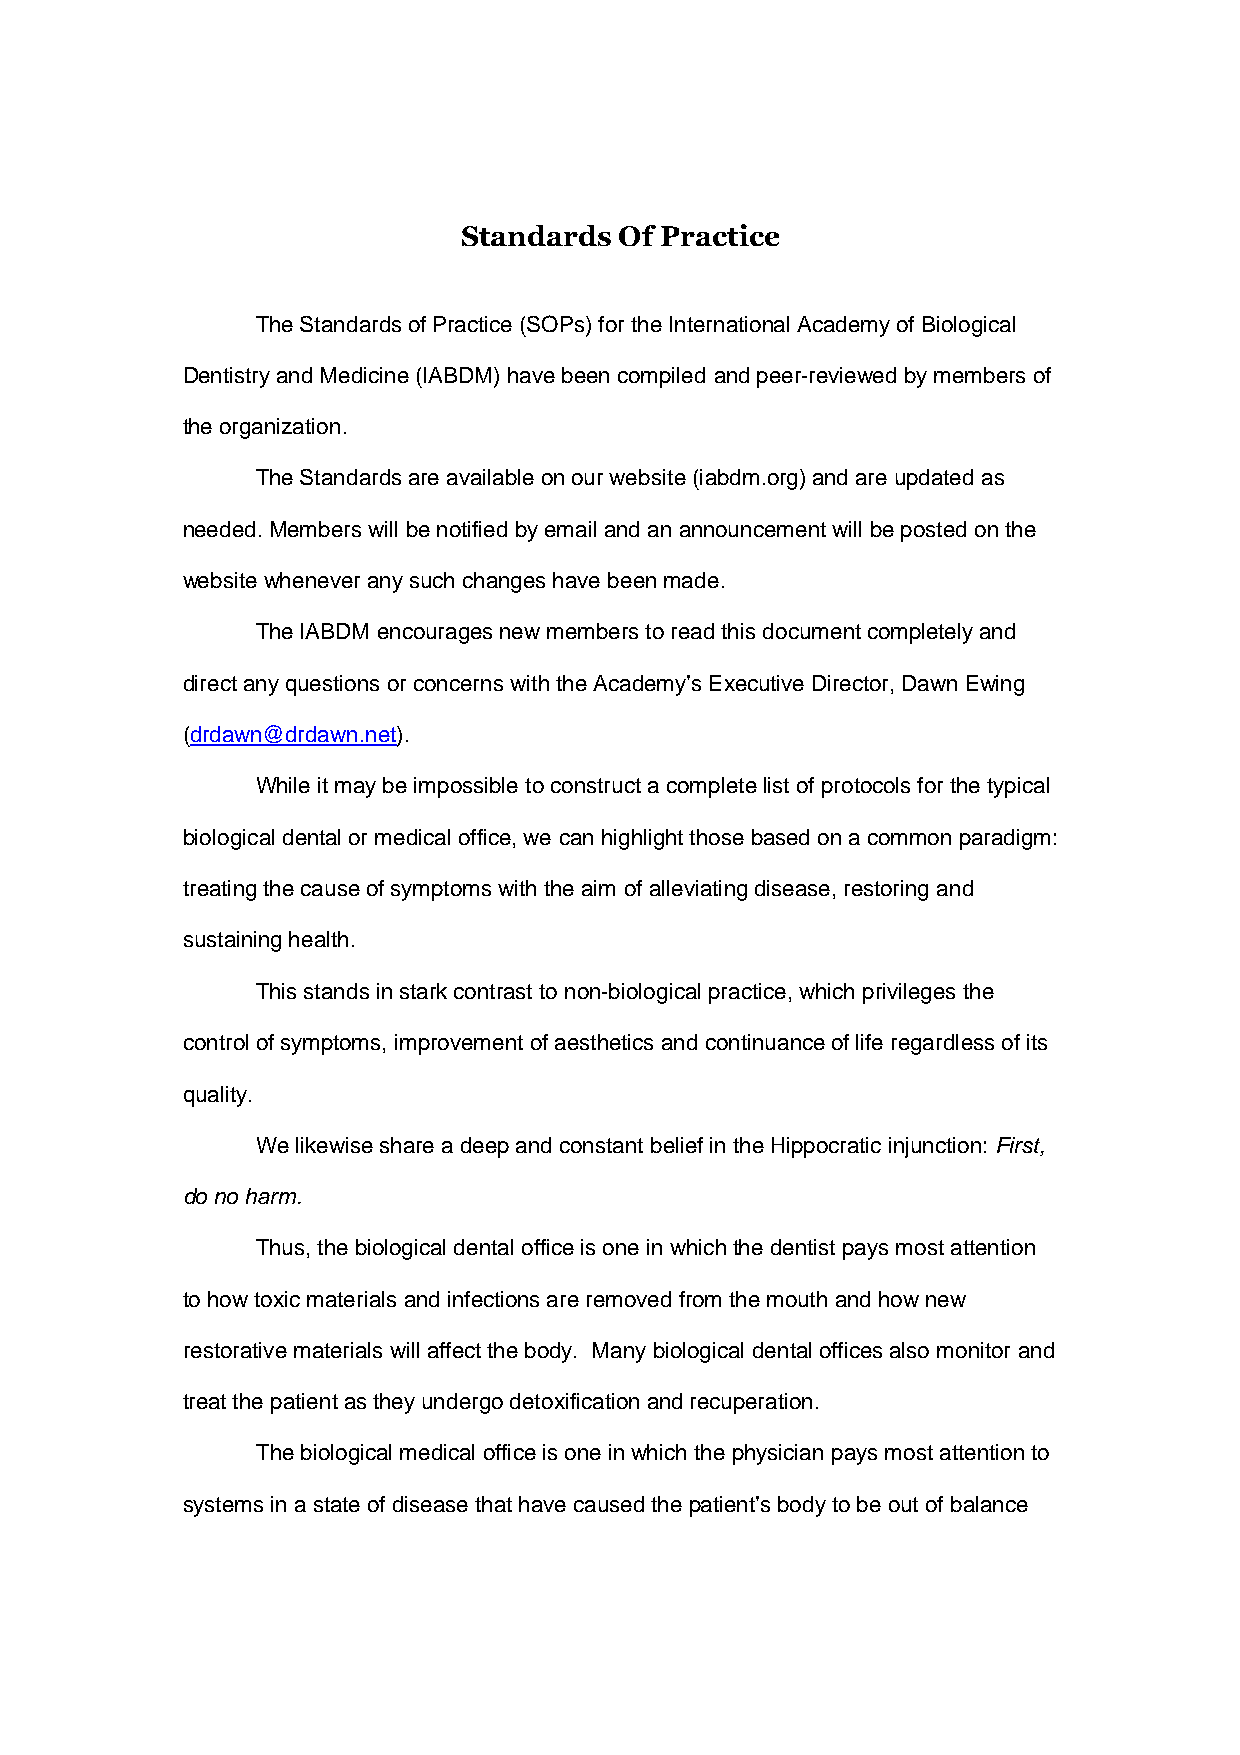
Standards Of Practice
 The Standards of Practice (SOPs) for the International Academy of Biological
 Dentistry and Medicine (IABDM) have been compiled and peer-reviewed by members of
 the organization.
 The Standards are available on our website (iabdm.org) and are updated as
 needed. Members will be notified by email and an announcement will be posted on the
 website whenever any such changes have been made.
 The IABDM encourages new members to read this document completely and
 direct any questions or concerns with the Academy’s Executive Director, Dawn Ewing
 (drdawn@drdawn.net).
 While it may be impossible to construct a complete list of protocols for the typical
 biological dental or medical office, we can highlight those based on a common paradigm:
 treating the cause of symptoms with the aim of alleviating disease, restoring and
 sustaining health.
 This stands in stark contrast to non-biological practice, which privileges the
 control of symptoms, improvement of aesthetics and continuance of life regardless of its
 quality.
 We likewise share a deep and constant belief in the Hippocratic injunction: First,
 do no harm.
 Thus, the biological dental office is one in which the dentist pays most attention
 to how toxic materials and infections are removed from the mouth and how new
 restorative materials will affect the body. Many biological dental offices also monitor and
 treat the patient as they undergo detoxification and recuperation.
 The biological medical office is one in which the physician pays most attention to
 systems in a state of disease that have caused the patient’s body to be out of balance